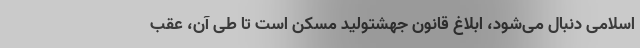
اسلامی دنبال می‌شود، ابلاغ قانون جهشتولید مسکن است تا طی آن، عقب‌